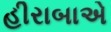
હીરાબાએ